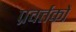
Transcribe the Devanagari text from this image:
प्रवर्त्तकों